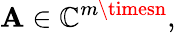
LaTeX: \mathbf{A}\in\mathbb{{C}}^{m\timesn},